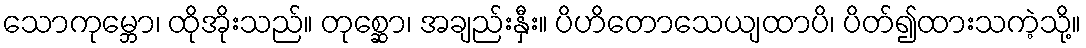
သောကုမ္ဘော၊ ထိုအိုးသည်။ တုစ္ဆော၊ အချည်းနှီး။ ပိဟိတောသေယျထာပိ၊ ပိတ်၍ထားသကဲ့သို့။